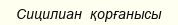
Сицилиан  қорғанысы